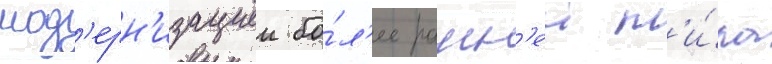
мод'ерн'изациеи бо́л'ее ранн'еи т'и́па